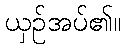
ယှဉ်အပ်၏။